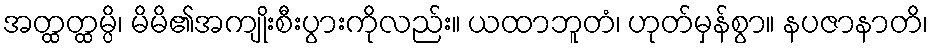
အတ္ထတ္ထမ္ပိ၊ မိမိ၏အကျိုးစီးပွားကိုလည်း။ ယထာဘူတံ၊ ဟုတ်မှန်စွာ။ နပဇာနာတိ၊